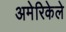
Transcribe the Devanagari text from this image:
अमेरिकेले